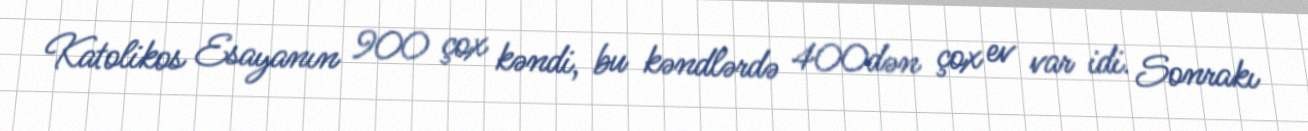
Katolikos Esayanın 900 çox kəndi, bu kəndlərdə 400dən çox ev var idi. Sonrakı